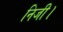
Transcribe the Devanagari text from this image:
निजी।